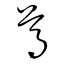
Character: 尊